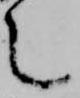
之